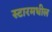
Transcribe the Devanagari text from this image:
स्टारमधील